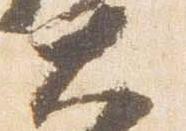
大